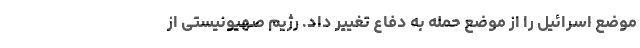
موضع اسرائیل را از موضع حمله به دفاع تغییر داد. رژیم صهیونیستی از